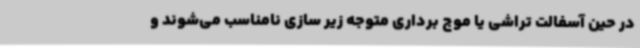
در حین آسفالت تراشی یا موج برداری متوجه زیر سازی نامناسب می‌شوند و